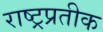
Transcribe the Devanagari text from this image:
राष्ट्रप्रतीक